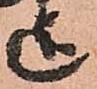
迄